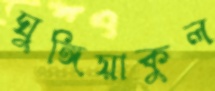
ঘুঙ্গিয়াকুল